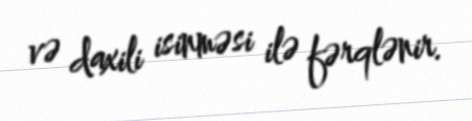
və daxili isinməsi ilə fərqlənir.